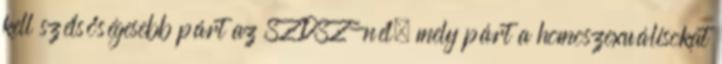
kell szélsőségesebb párt az SZDSZ-nél, mely párt a homoszexuálisokat